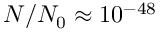
N / N _ { 0 } \approx 1 0 ^ { - 4 8 }